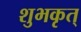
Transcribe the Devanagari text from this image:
शुभकृत्